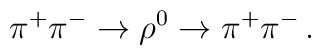
\pi^{+}\pi^{-}\rightarrow\rho^{0}\rightarrow\pi^+\pi^-\,.